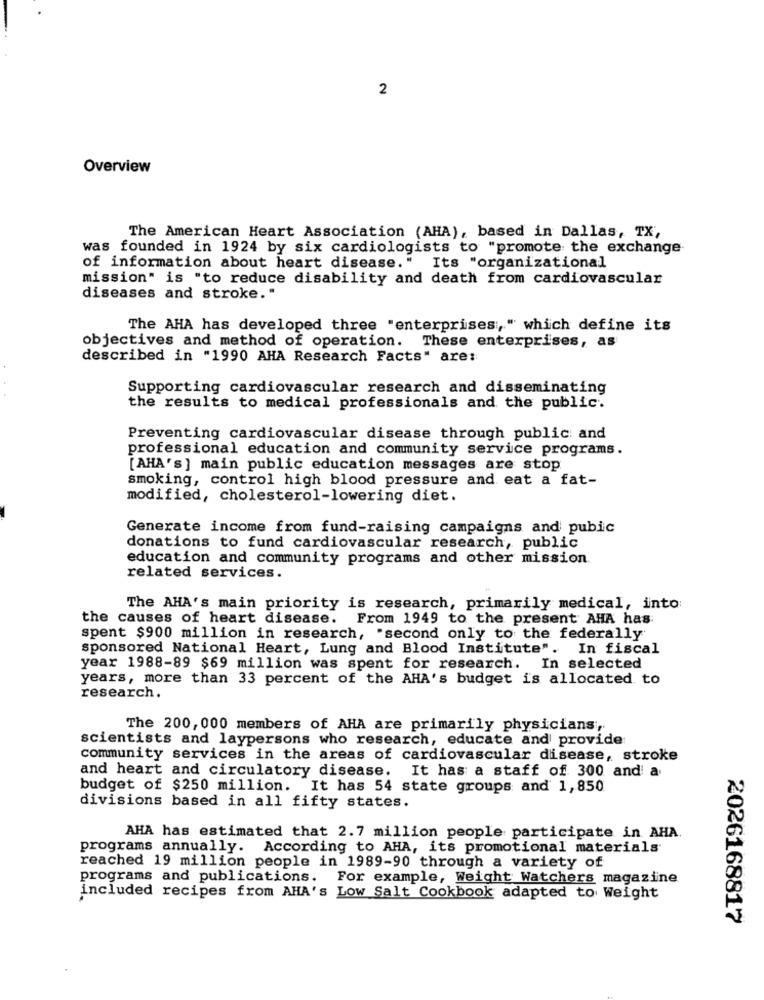
2
Overview
The American Heart Association (AHA), based in Dallas, TX,
was founded in 1924 by six cardiologists to "promote the exchange
of information about heart disease." Its "organizational
mission" is "to reduce disability and death from cardiovascular
diseases and stroke."
The AHA has developed three "enterprises," which define its
objectives and method of operation. These enterprises, as
described in "1990 AHA Research Facts" are:
Supporting cardiovascular research and disseminating
the results to medical professionals and the public.
Preventing cardiovascular disease through public and
professional education and community service programs.
[AHA's] main public education messages are stop
smoking, control high blood pressure and eat a fat-
modified, cholesterol-lowering diet.
Generate income from fund-raising campaigns and pubic
donations to fund cardiovascular research, public
education and community programs and other mission.
related services.
The AHA's main priority is research, primarily medical, into
the causes of heart disease. From 1949 to the present AHA has
spent $900 million in research, "second only to the federally
sponsored National Heart, Lung and Blood Institute". In fiscal
year 1988-89 $69 million was spent for research. In selected
years, more than 33 percent of the AHA's budget is allocated to
research.
The 200, 000 members of AHA are primarily physicians,
scientists and laypersons who research, educate and provide
community services in the areas of cardiovascular disease, stroke
and heart and circulatory disease. It has a staff of 300 and a
budget of $250 million. It has 54 state groups and 1,850
divisions based in all fifty states.
AHA has estimated that 2.7 million people participate in AHA
programs annually. According to AHA, its promotional materials
reached 19 million people in 1989-90 through a variety of
programs and publications. For example, Weight Watchers magazine
included recipes from AHA's Low Salt Cookbook adapted to Weight
2026168817